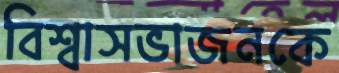
বিশ্বাসভাজনকে